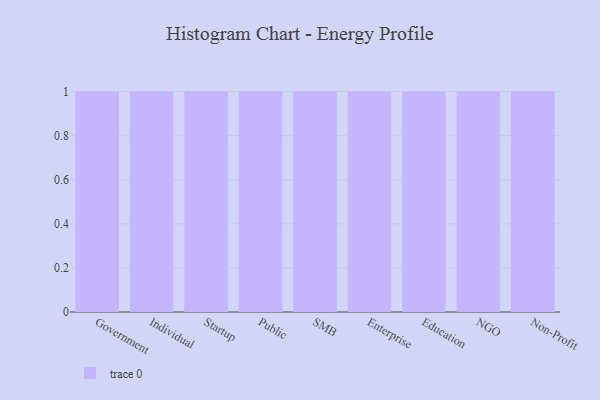
{"axis": {"x": "Segment", "y": "Headcount"}, "legend": [""], "data": [{"x": "Government", "y": 10, "type": ""}, {"x": "Individual", "y": 77, "type": ""}, {"x": "Startup", "y": 29, "type": ""}, {"x": "Public", "y": 48, "type": ""}, {"x": "SMB", "y": 9, "type": ""}, {"x": "Enterprise", "y": 100, "type": ""}, {"x": "Education", "y": 31, "type": ""}, {"x": "NGO", "y": 71, "type": ""}, {"x": "Non-Profit", "y": 72, "type": ""}]}